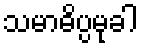
သမာဓိပ္ပမုခါ